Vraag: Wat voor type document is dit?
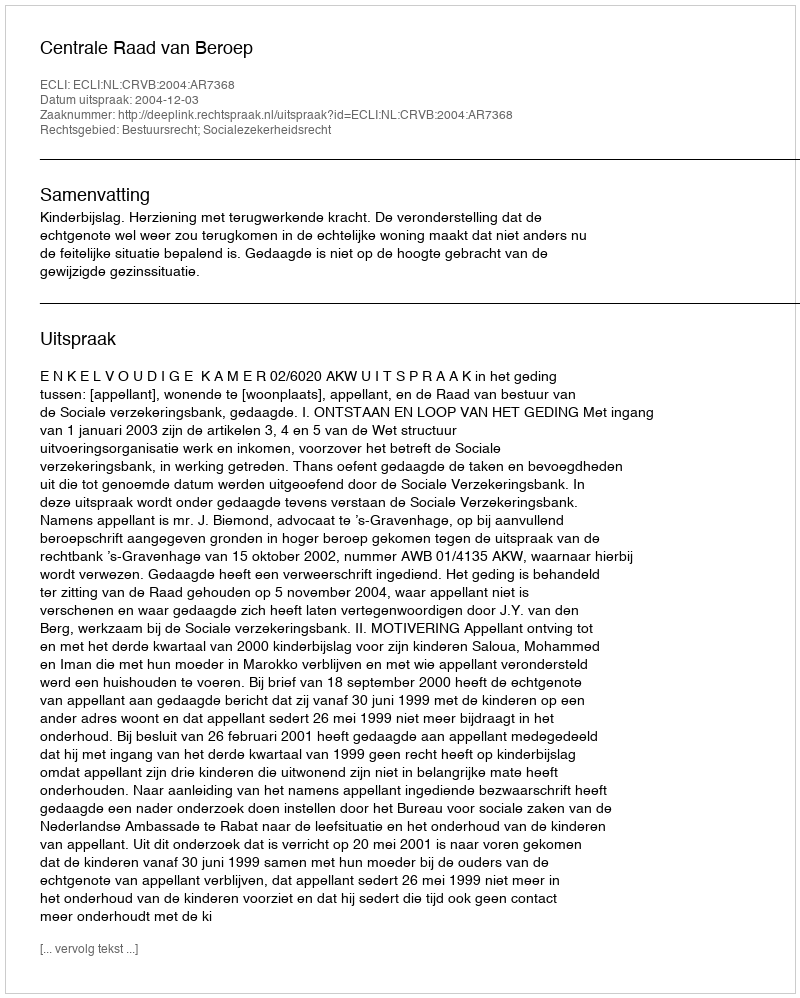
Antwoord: Uitspraak